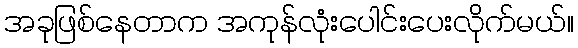
အခုဖြစ်နေတာက အကုန်လုံးပေါင်းပေးလိုက်မယ်။